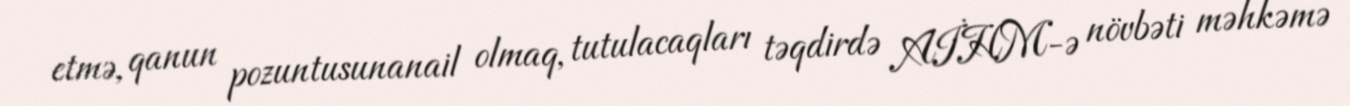
etmə, qanun pozuntusunanail olmaq, tutulacaqları təqdirdə AİHM-ə növbəti məhkəmə